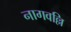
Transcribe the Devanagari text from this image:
नागवल्लि